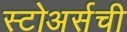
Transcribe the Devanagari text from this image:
स्टोअर्सची